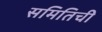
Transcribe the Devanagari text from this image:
समितिची